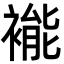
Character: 褦